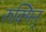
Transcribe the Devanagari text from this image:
रुक्मिन्‌